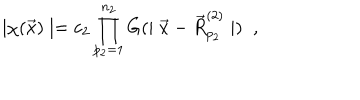
LaTeX: \mid \chi ( \vec { x } ) \mid = c _ { 2 } \prod _ { p _ { 2 } = 1 } ^ { n _ { 2 } } G ( \mid \vec { x } - \vec { R } _ { p _ { 2 } } ^ { ( 2 ) } \mid ) \; \; ,